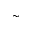
\sim